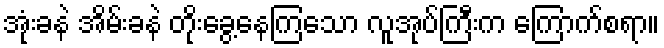
အုံးခနဲ အိမ်းခနဲ တိုးခွေ့နေကြသော လူအုပ်ကြီးက ကြောက်စရာ။